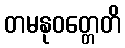
တမနုဝတ္တေတိ